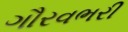
ગૌરવભરી